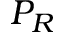
P _ { R }